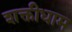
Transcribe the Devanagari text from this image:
शक्तीधाम